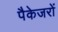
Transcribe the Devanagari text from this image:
पैकेजरों